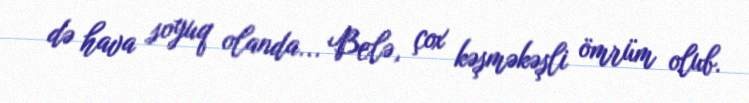
də hava soyuq olanda... Belə, çox kəşməkəşli ömrüm olub.